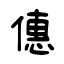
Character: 僡